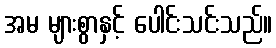
အမ များစွာနှင့် ပေါင်းသင်းသည်။